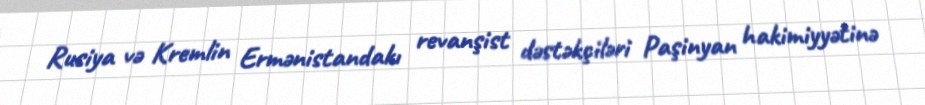
Rusiya və Kremlin Ermənistandakı revanşist dəstəkçiləri Paşinyan hakimiyyətinə